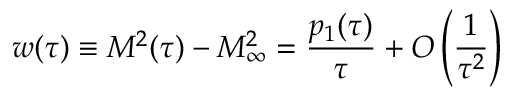
w ( \tau ) \equiv { \cal M } ^ { 2 } ( \tau ) - { \cal M } _ { \infty } ^ { 2 } = { \frac { p _ { 1 } ( \tau ) } { \tau } } + { \cal O } \left( { \frac { 1 } { \tau ^ { 2 } } } \right)